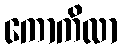
ကောကိလာ